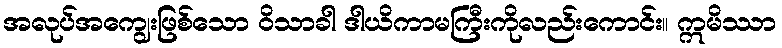
အလုပ်အကျွေးဖြစ်သော ဝိသာခါ ဒါယိကာမကြီးကိုလည်းကောင်း။ ဣမိဿာ